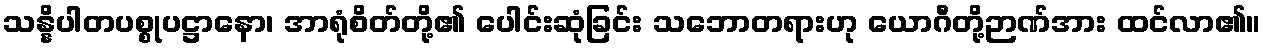
သန္နိပါတပစ္စုပဋ္ဌာနော၊ အာရုံစိတ်တို့၏ ပေါင်းဆုံခြင်း သဘောတရားဟု ယောဂီတို့ဉာဏ်အား ထင်လာ၏။